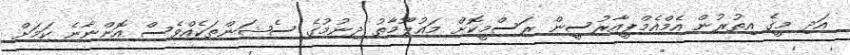
އަދި މީގެ އިތުރުން އެމްއެމްޕީއާރުސީން ރަސްމީކޮށް މައުލޫމާތު ދިނުމުގެ ސެޝަންތަކެއްވެސް އޮންނާނެ ކަމަށް